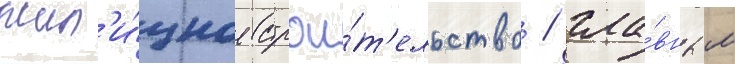
жил'и́щное строи́т'ельство / гла́вным